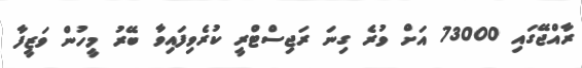
ރާއްޖޭގައި 73000 އަށް ވުރެ ގިނަ ރަޖިސްޓްރީ ކުރެވިފައިވާ ބޭރު މީހުން ވަޒީފާ